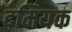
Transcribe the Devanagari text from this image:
दमियक